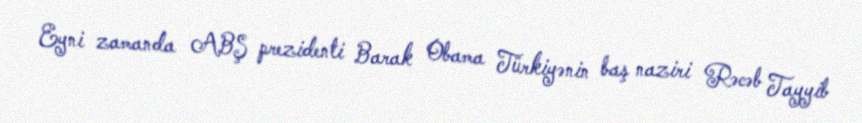
Eyni zamanda ABŞ prezidenti Barak Obama Türkiyənin baş naziri Rəcəb Tayyib